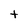
Character: t